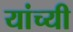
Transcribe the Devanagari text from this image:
यांच्यी